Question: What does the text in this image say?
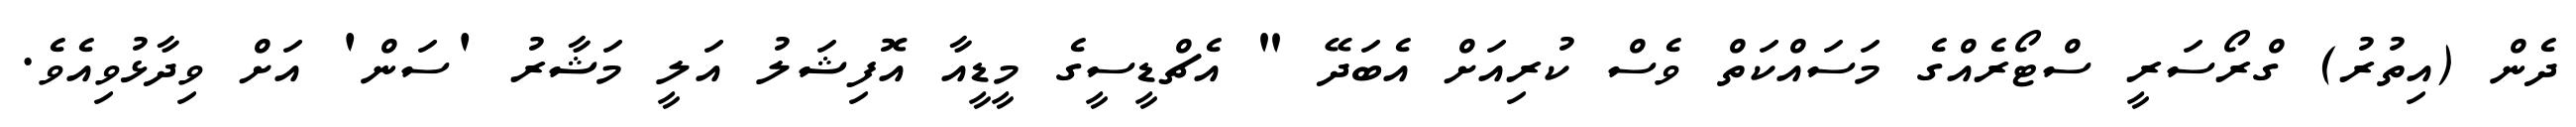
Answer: ދެން (އިތުރު) ގްރޯސަރީ ސްޓޯރެއްގެ މަސައްކަތް ވެސް ކުރިއަށް އެބަދޭ " އެޗްޑީސީގެ މީޑީއާ އޮފިޝަލު އަލީ މަޝާރު 'ސަން' އަށް ވިދާޅުވިއެވެ.